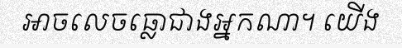
អាចលេចធ្លោជាងអ្នកណា។ យើង